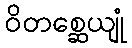
ဝိတစ္ဆေယျုံ